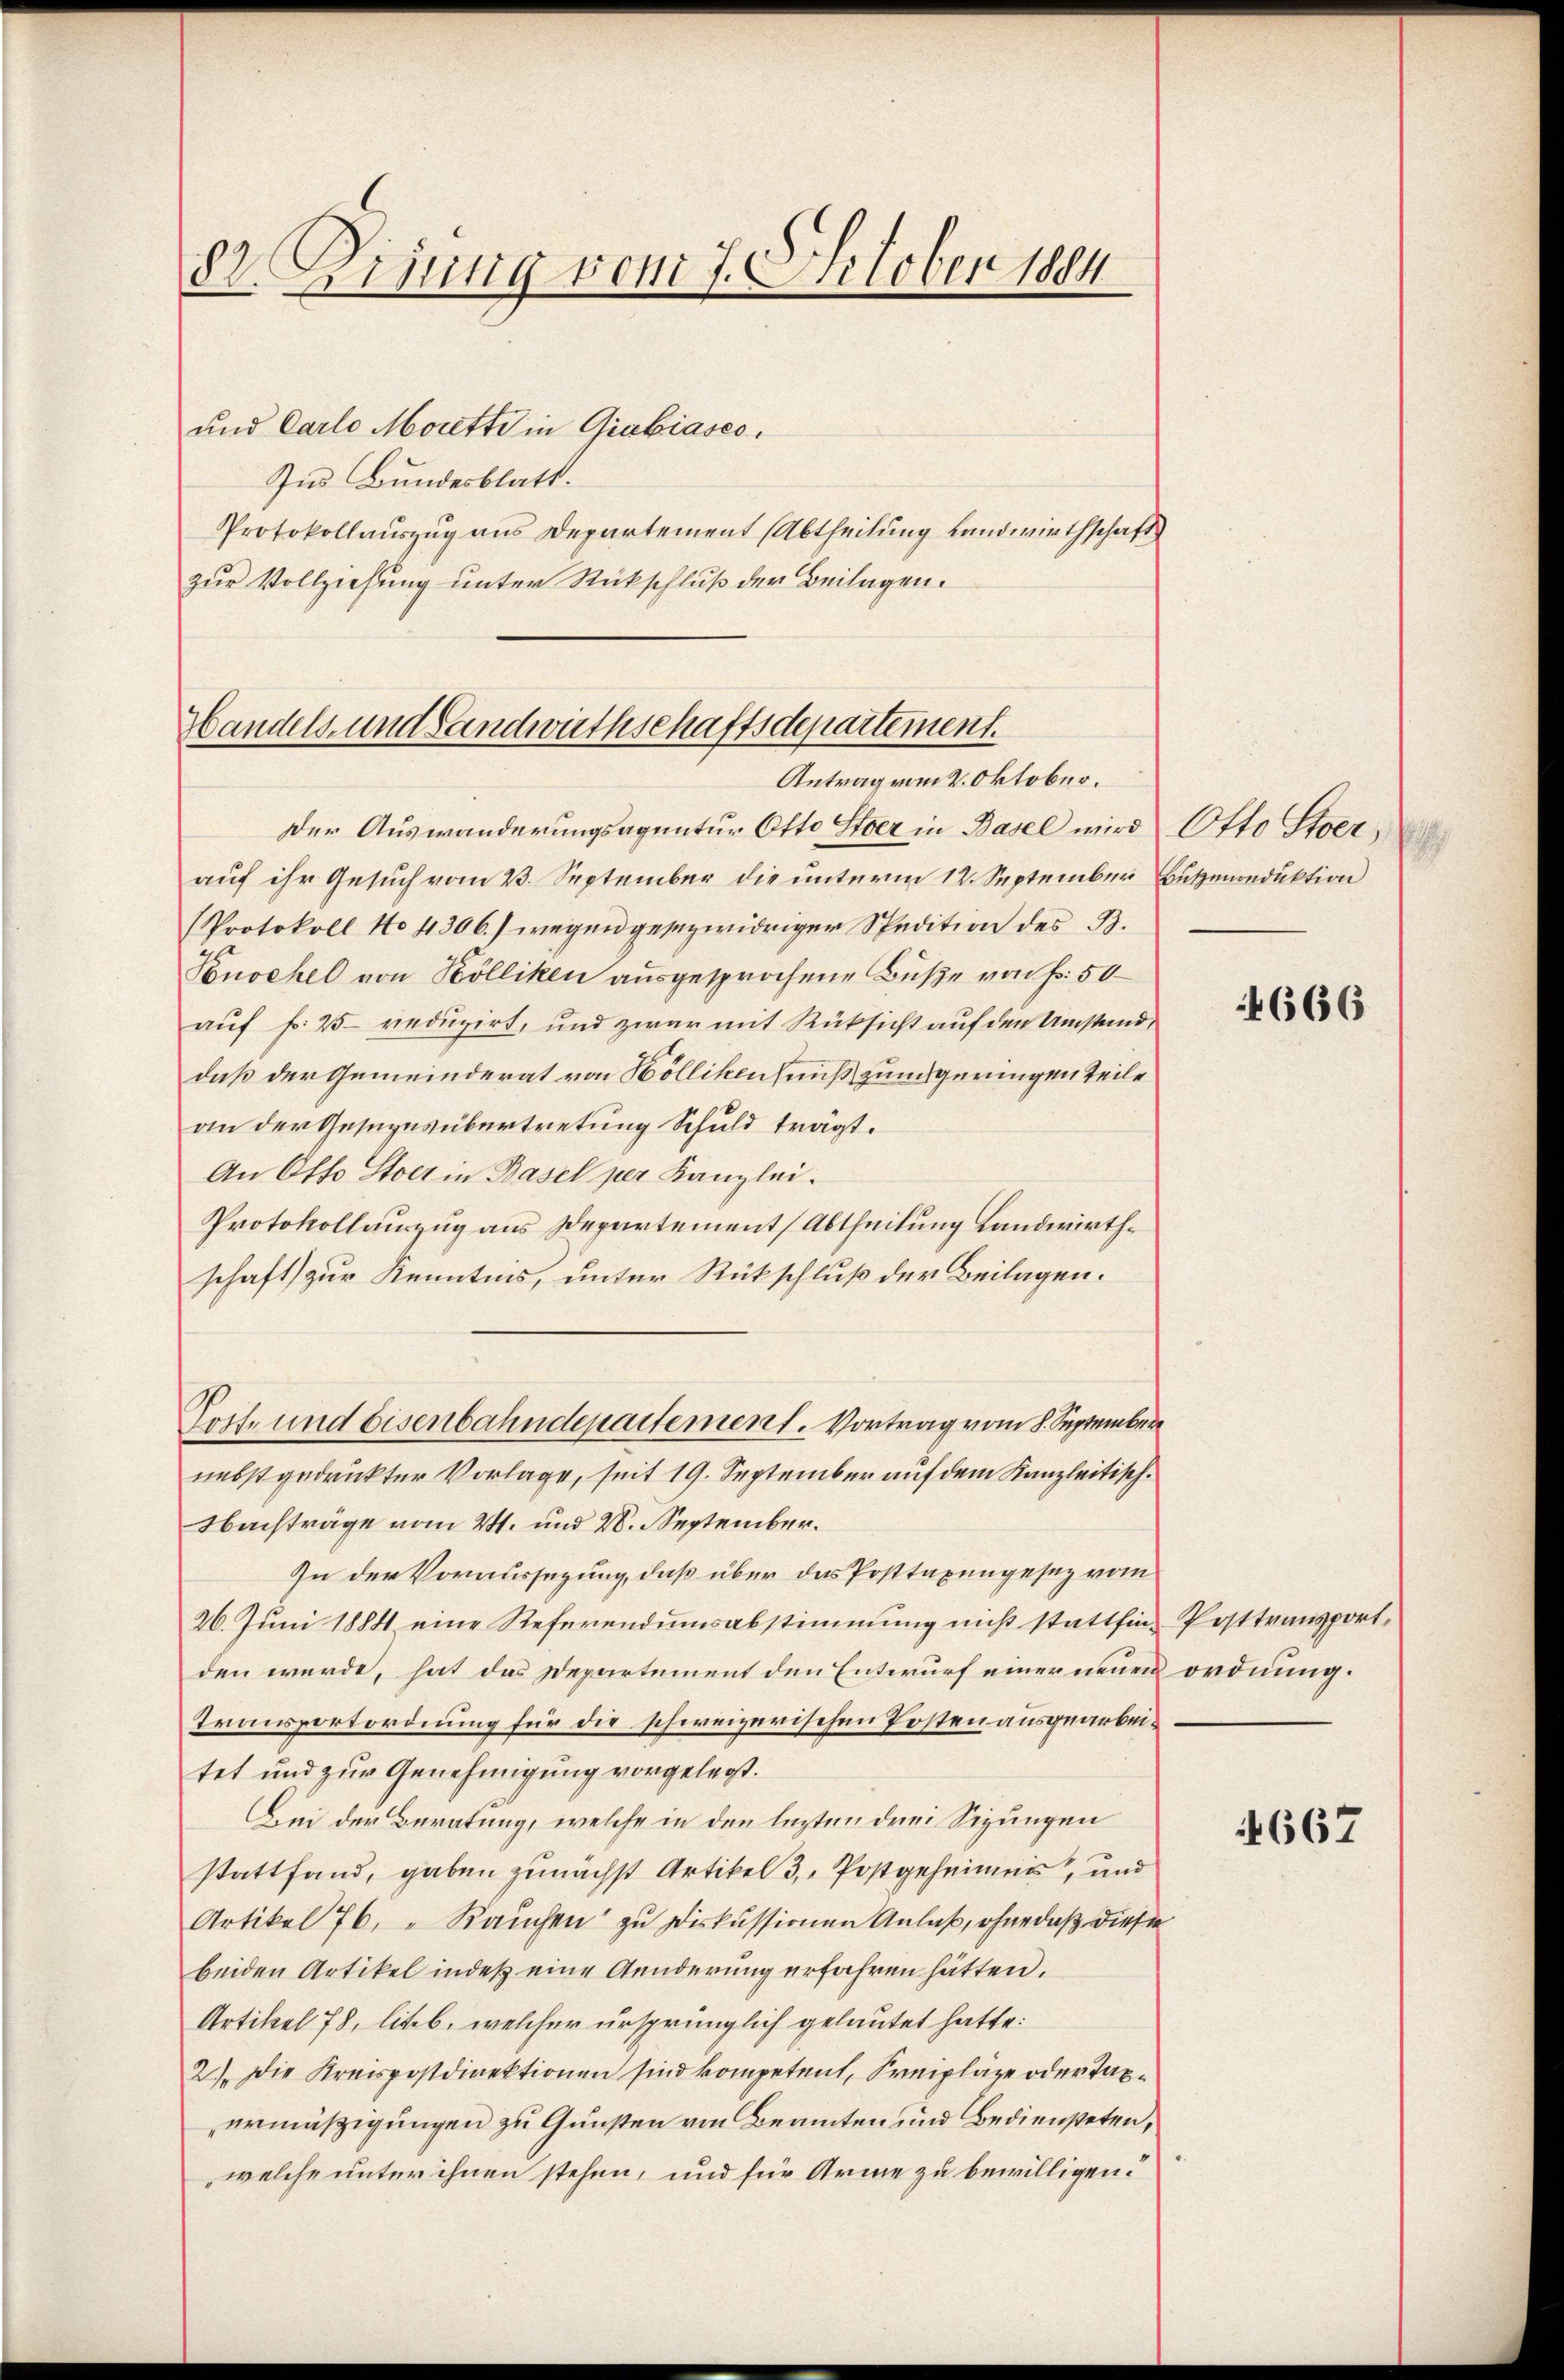
87. Disung von 7. October 1884

und Carlo Morette in Giabiases.
Ins Bundesblatt.
Protokollauszug aus Departement (Abtheilung Landwirthschaft
zur Vollziehung unter Rückschluß der Beilagen.

Handels- und Landwirthschaftsdepartement.
Antrag vom 2. Oktober.

Tost- und Eisenbahndepartement. Vortrag vom 8. September

Der Auswanderungsagentur Otto Stoer in Basel wird Otto Sterauf ihr Gesuch vom 2. September die unterm 12. September Bützonduktion
Protokoll No 4306.) wegen gesezwidriger Spedition des B.
Vonoehel von Kölliken ausgesprochene Buße von Fr. 50
auf f. 25 reduzirt, und zwar mit Rüksicht auf den Umstand,
daß der Gemeinderat von Höllikenfens zum gerungen Teile
an der Gesezesübertretung Schuld trägt.
An Otto Stoer in Basel per Kanzlei.
Protokollauszug aus Departement Abtheilung Landwirthschaft zur Kenntnis, unter Rückschluß der Beilagen.
nebst gedruckter Vorlage, seit 19. September auf dem Kanzleitisch.
Nachträge vom 21. und 20. September.
In der Voraussezung, daß über das Posttaxengesez vom
26. Juni 1884 eine Referendumsabstimmung nicht stattfin-Posttransportden würde, hat das Departement den Entwurf einer neuen ordnung.
Transportordnung für die schweizerischen Posten ausgearbeitet und zur Genehmigung vorgelegt.
Bei der Beratung, welche in den lezten drei Sizungen
stattfand, gaben zunächst Artikel 3, Postgeheimnis, und
Artikel 76. " Rauchen zu Diskussionen Anlaß, ohne daß diese
beiden Artikel indeß eine Aenderung erfahren hätten.
Artikel 78, liteb, welcher ursprünglich gelautet hatte:
2). Die Kreispostdirektionen sind kompetent, Preipläze oder Taxermäßigungen zu Gunsten von Beamten und Bediensteten,
welche unter ihnen stehen, und für Arme zu bewilligen.

9

4666

4667